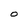
Character: O